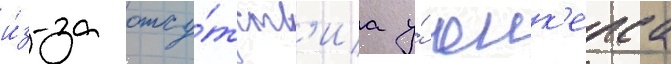
и́з-за отсу́тств'иа у́ юнк'ерса